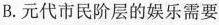
B.元代市民阶层的娱乐需要